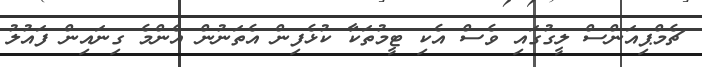
ޗެމްޕިއަންސް ލީގުގައި ވެސް އެކި ޓީމުތަކާ ކުޅެފިން އެތަނުން އެންމެ ގިނައިން ފައުލު